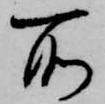
所